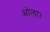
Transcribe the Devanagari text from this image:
ओला।